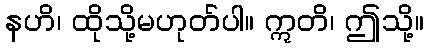
နဟိ၊ ထိုသို့မဟုတ်ပါ။ ဣတိ၊ ဤသို့။